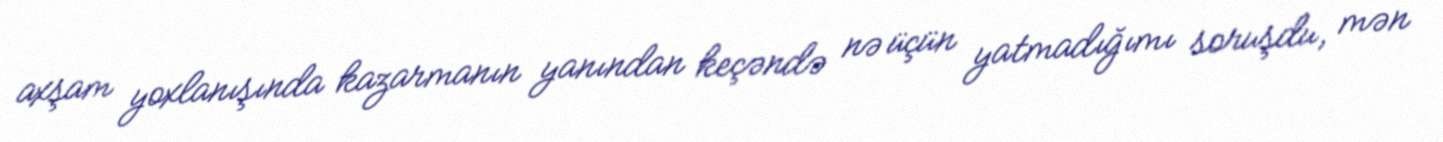
axşam yoxlanışında kazarmanın yanından keçəndə nə üçün yatmadığımı soruşdu, mən